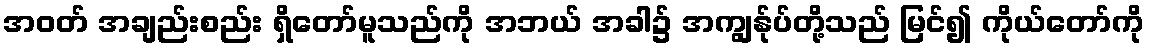
အဝတ် အချည်းစည်း ရှိတော်မူသည်ကို အဘယ် အခါ၌ အကျွန်ုပ်တို့သည် မြင်၍ ကိုယ်တော်ကို